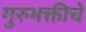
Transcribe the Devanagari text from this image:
गुरुभक्तीचे